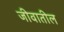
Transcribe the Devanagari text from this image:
जीवातील